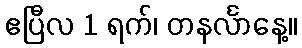
ဧပြီလ 1 ရက်၊ တနင်္လာနေ့။